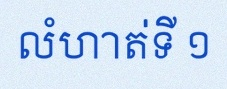
លំហាត់ទី ១